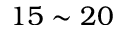
1 5 \sim 2 0